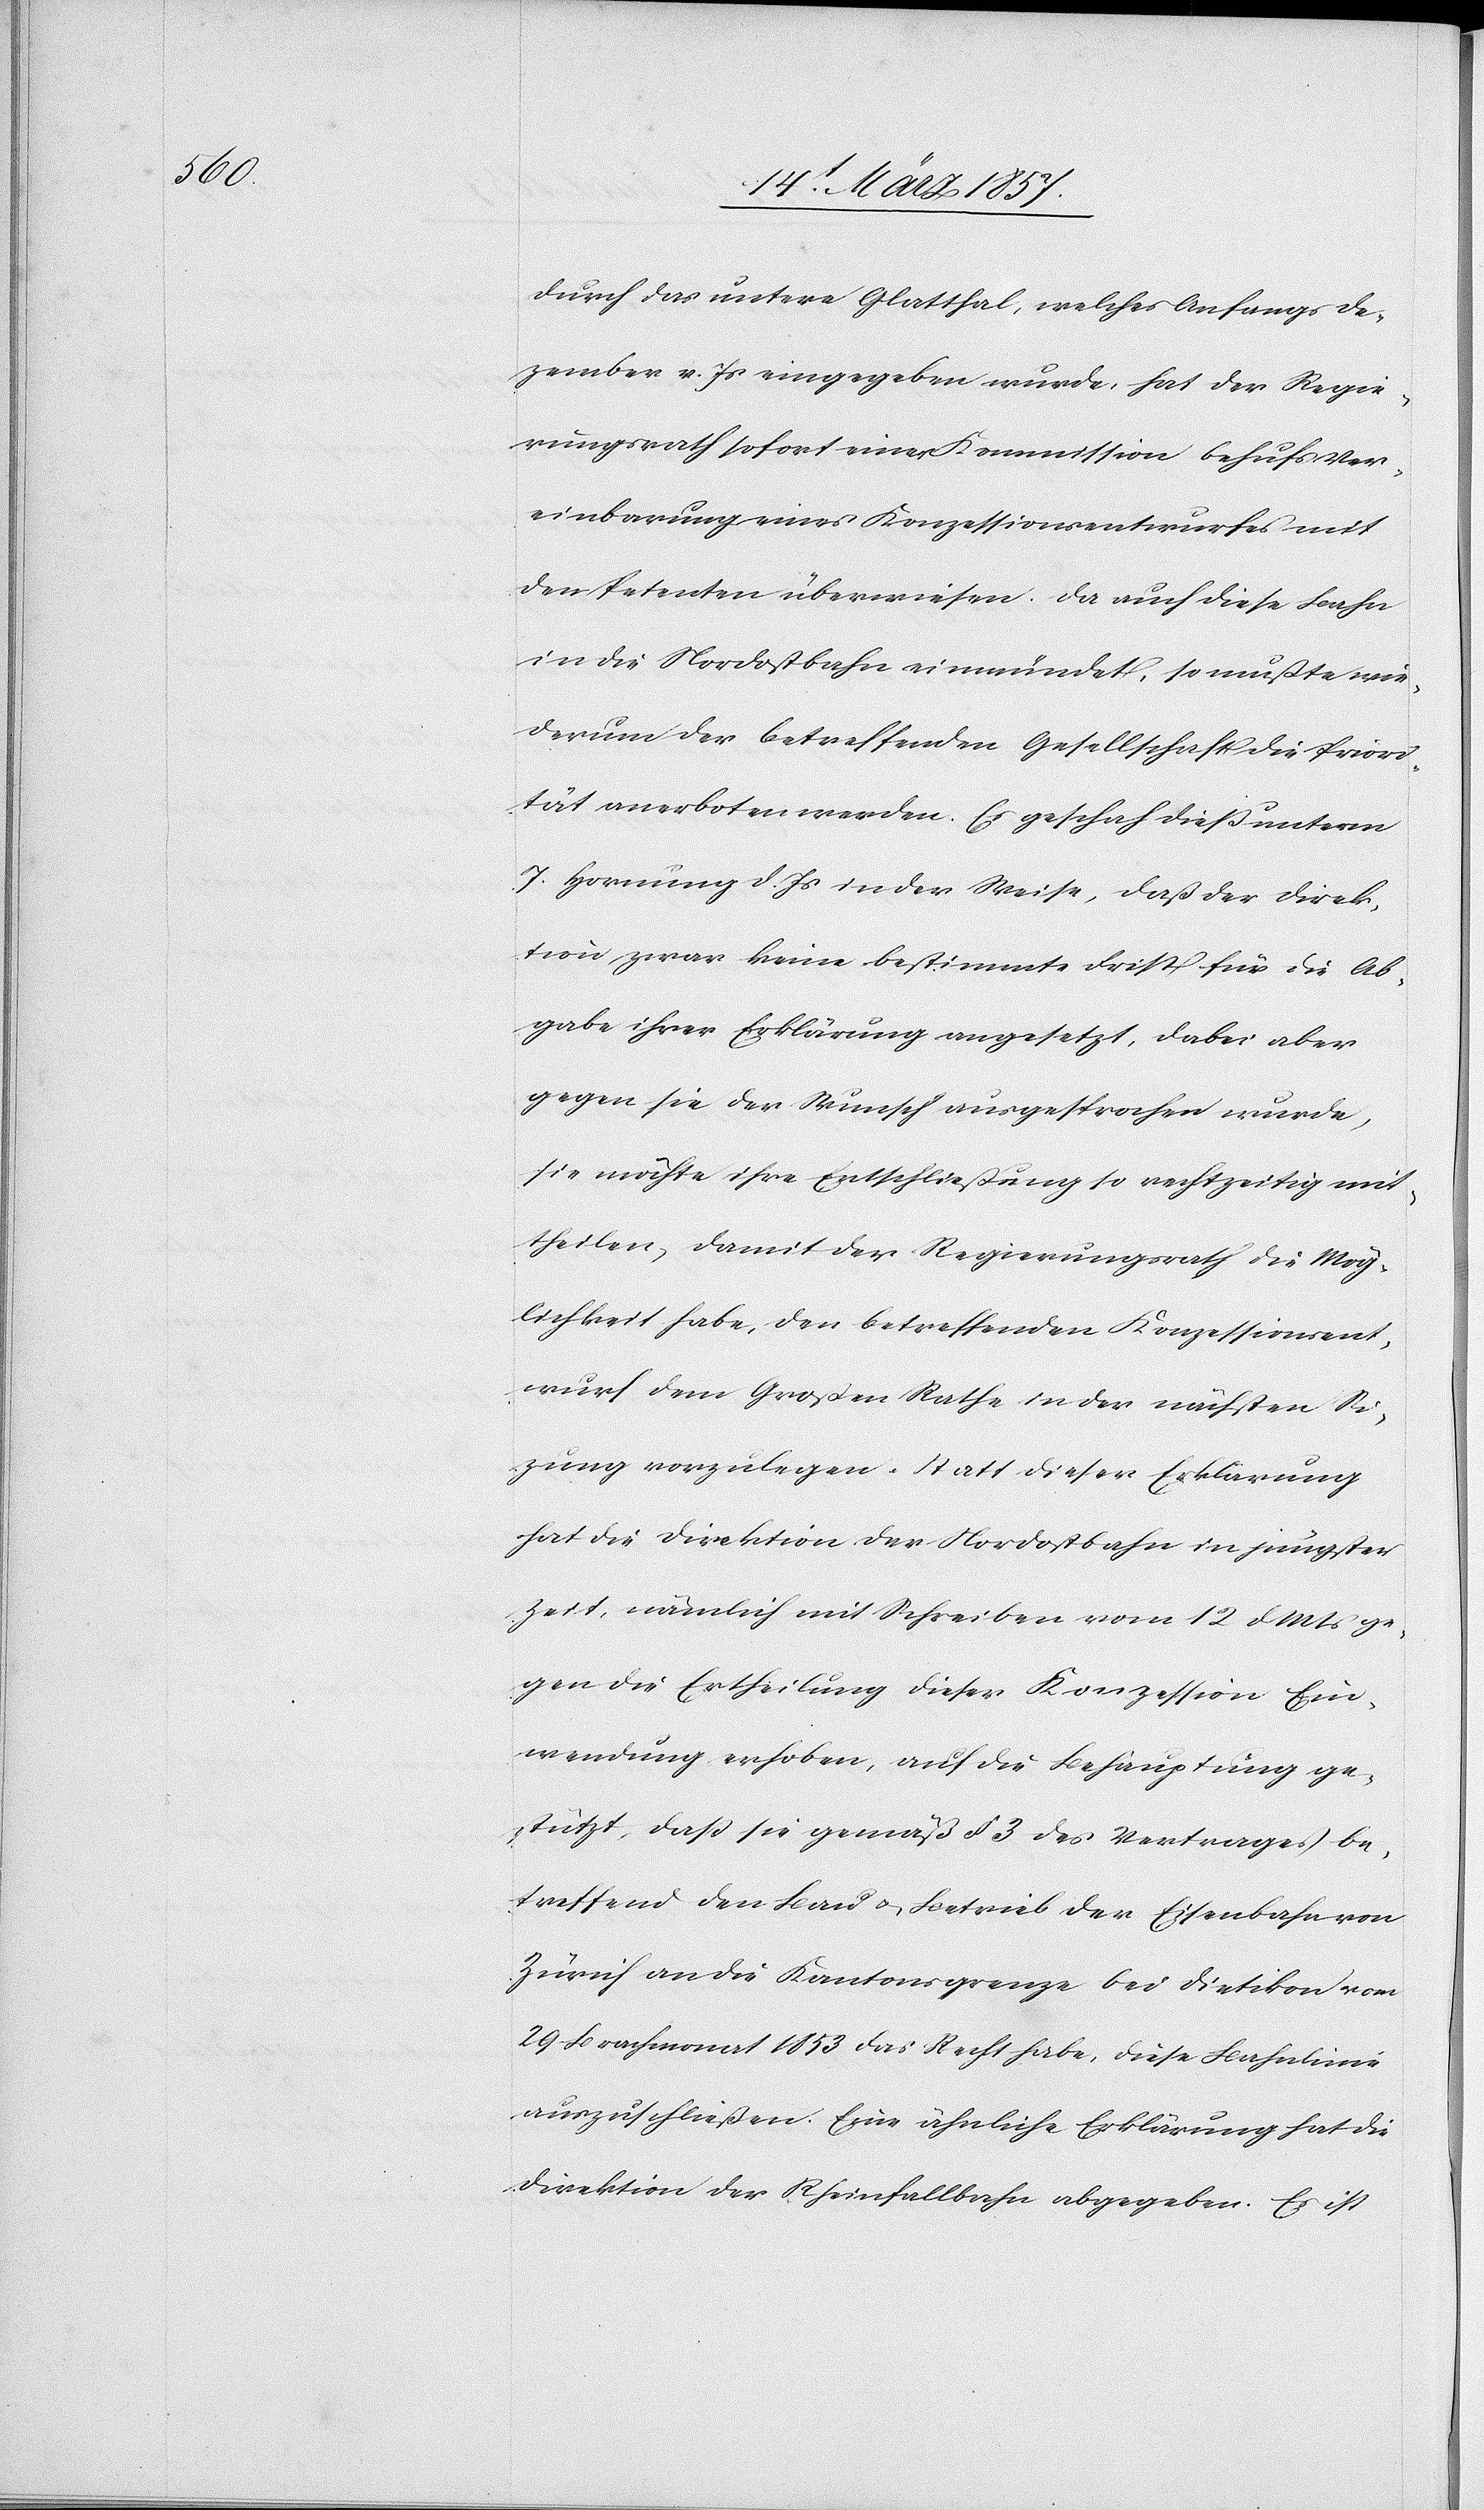
durch das untere Glatthal, welches Anfangs De¬
zember v. Js eingegeben wurde, hat der Regie¬
rungsrath sofort einer Kommission behufs Ver¬
einbarung eines Konzessionsentwurfes mit
den Petenten überwiesen. Da auch diese Bahn
in die Nordostbahn einmündet, so mußte wie¬
derum der betreffenden Gesellschaft die Priori¬
tät anerboten werden. Es geschah dieß unterm
7 Hornung d. Js in der Weise, daß der Direk¬
tion zwar keine bestimmte Frist für die Ab¬
gabe ihrer Erklärung angesetzt, dabei aber
gegen sie der Wunsch ausgesprochen wurde,
sie möchte ihre Entschließung so rechtzeitig mit¬
theilen, damit der Regierungsrath die Mög¬
lichkeit habe, den betreffenden Konzessionsent¬
wurf dem Großen Rathe in der nächsten Si¬
zung vorzulegen. Statt dieser Erklärung
hat die Direktion der Nordostbahn in jüngster
Zeit, nämlich mit Schreiben vom 12 d. Mts ge¬
gen die Ertheilung dieser Konzession Ein¬
wendung erhoben, auf die Behauptung ge¬
stützt, daß sie gemäß § 3 des Vertrages be¬
treffend den Bau u. Betrieb der Eisenbahn von
Zürich an die Kantonsgrenze bei Dietikon vom
29 Brachmonat 1853 das Recht habe, diese Bahnlinie
auszuschließen. Eine ähnliche Erklärung hat die
Direktion der Rheinfallbahn abgegeben. Es ist